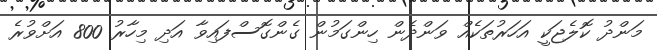
މަންދު ކޮލެޖަކީ އަހަރުތަކެއް ވަންދެން ހިންގަމުން ގެންގޮސްފައިވާ އަދި މިހާރު 800 އަށްވުރެ